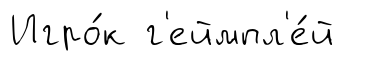
Игро́к г'еймпл'е́й